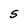
Character: S